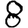
Digit: 8